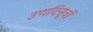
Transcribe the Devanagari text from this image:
उणदिसूत्रों